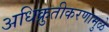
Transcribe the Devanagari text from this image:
अधिक्रुतीकरणामुळे